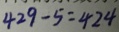
4 2 9 - 5 = 4 2 4